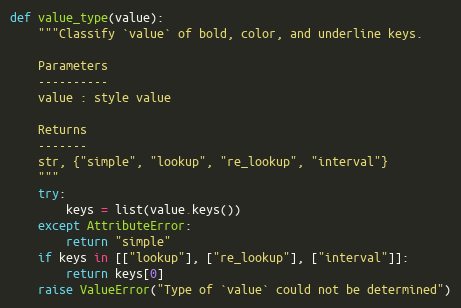
Language: Python
def value_type(value):
    """Classify `value` of bold, color, and underline keys.

    Parameters
    ----------
    value : style value

    Returns
    -------
    str, {"simple", "lookup", "re_lookup", "interval"}
    """
    try:
        keys = list(value.keys())
    except AttributeError:
        return "simple"
    if keys in [["lookup"], ["re_lookup"], ["interval"]]:
        return keys[0]
    raise ValueError("Type of `value` could not be determined")